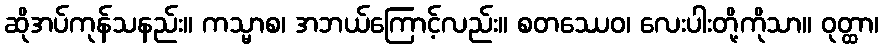
ဆိုအပ်ကုန်သနည်း။ ကသ္မာစ၊ အဘယ်ကြောင့်လည်း။ စတဿေဝ၊ လေးပါးတို့ကိုသာ။ ဝုတ္ထာ၊